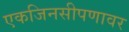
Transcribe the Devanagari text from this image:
एकजिनसीपणावर